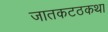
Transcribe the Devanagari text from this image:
जातकटठकथा